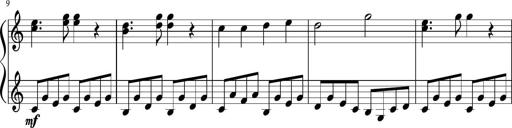
Title: Sonatine Nr.1 in C-Dur
Composer: DÃ©sirÃ©e Manns
Key: C major